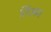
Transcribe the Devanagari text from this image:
लिअम